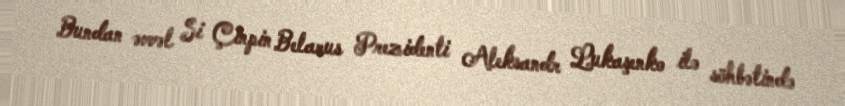
Bundan əvvəl Si Çinpin Belarus Prezidenti Aleksandr Lukaşenko ilə söhbətində